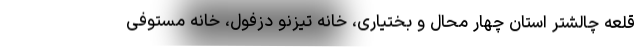
قلعه چالشتر استان چهار محال و بختیاری، خانه تیزنو دزفول، خانه مستوفی